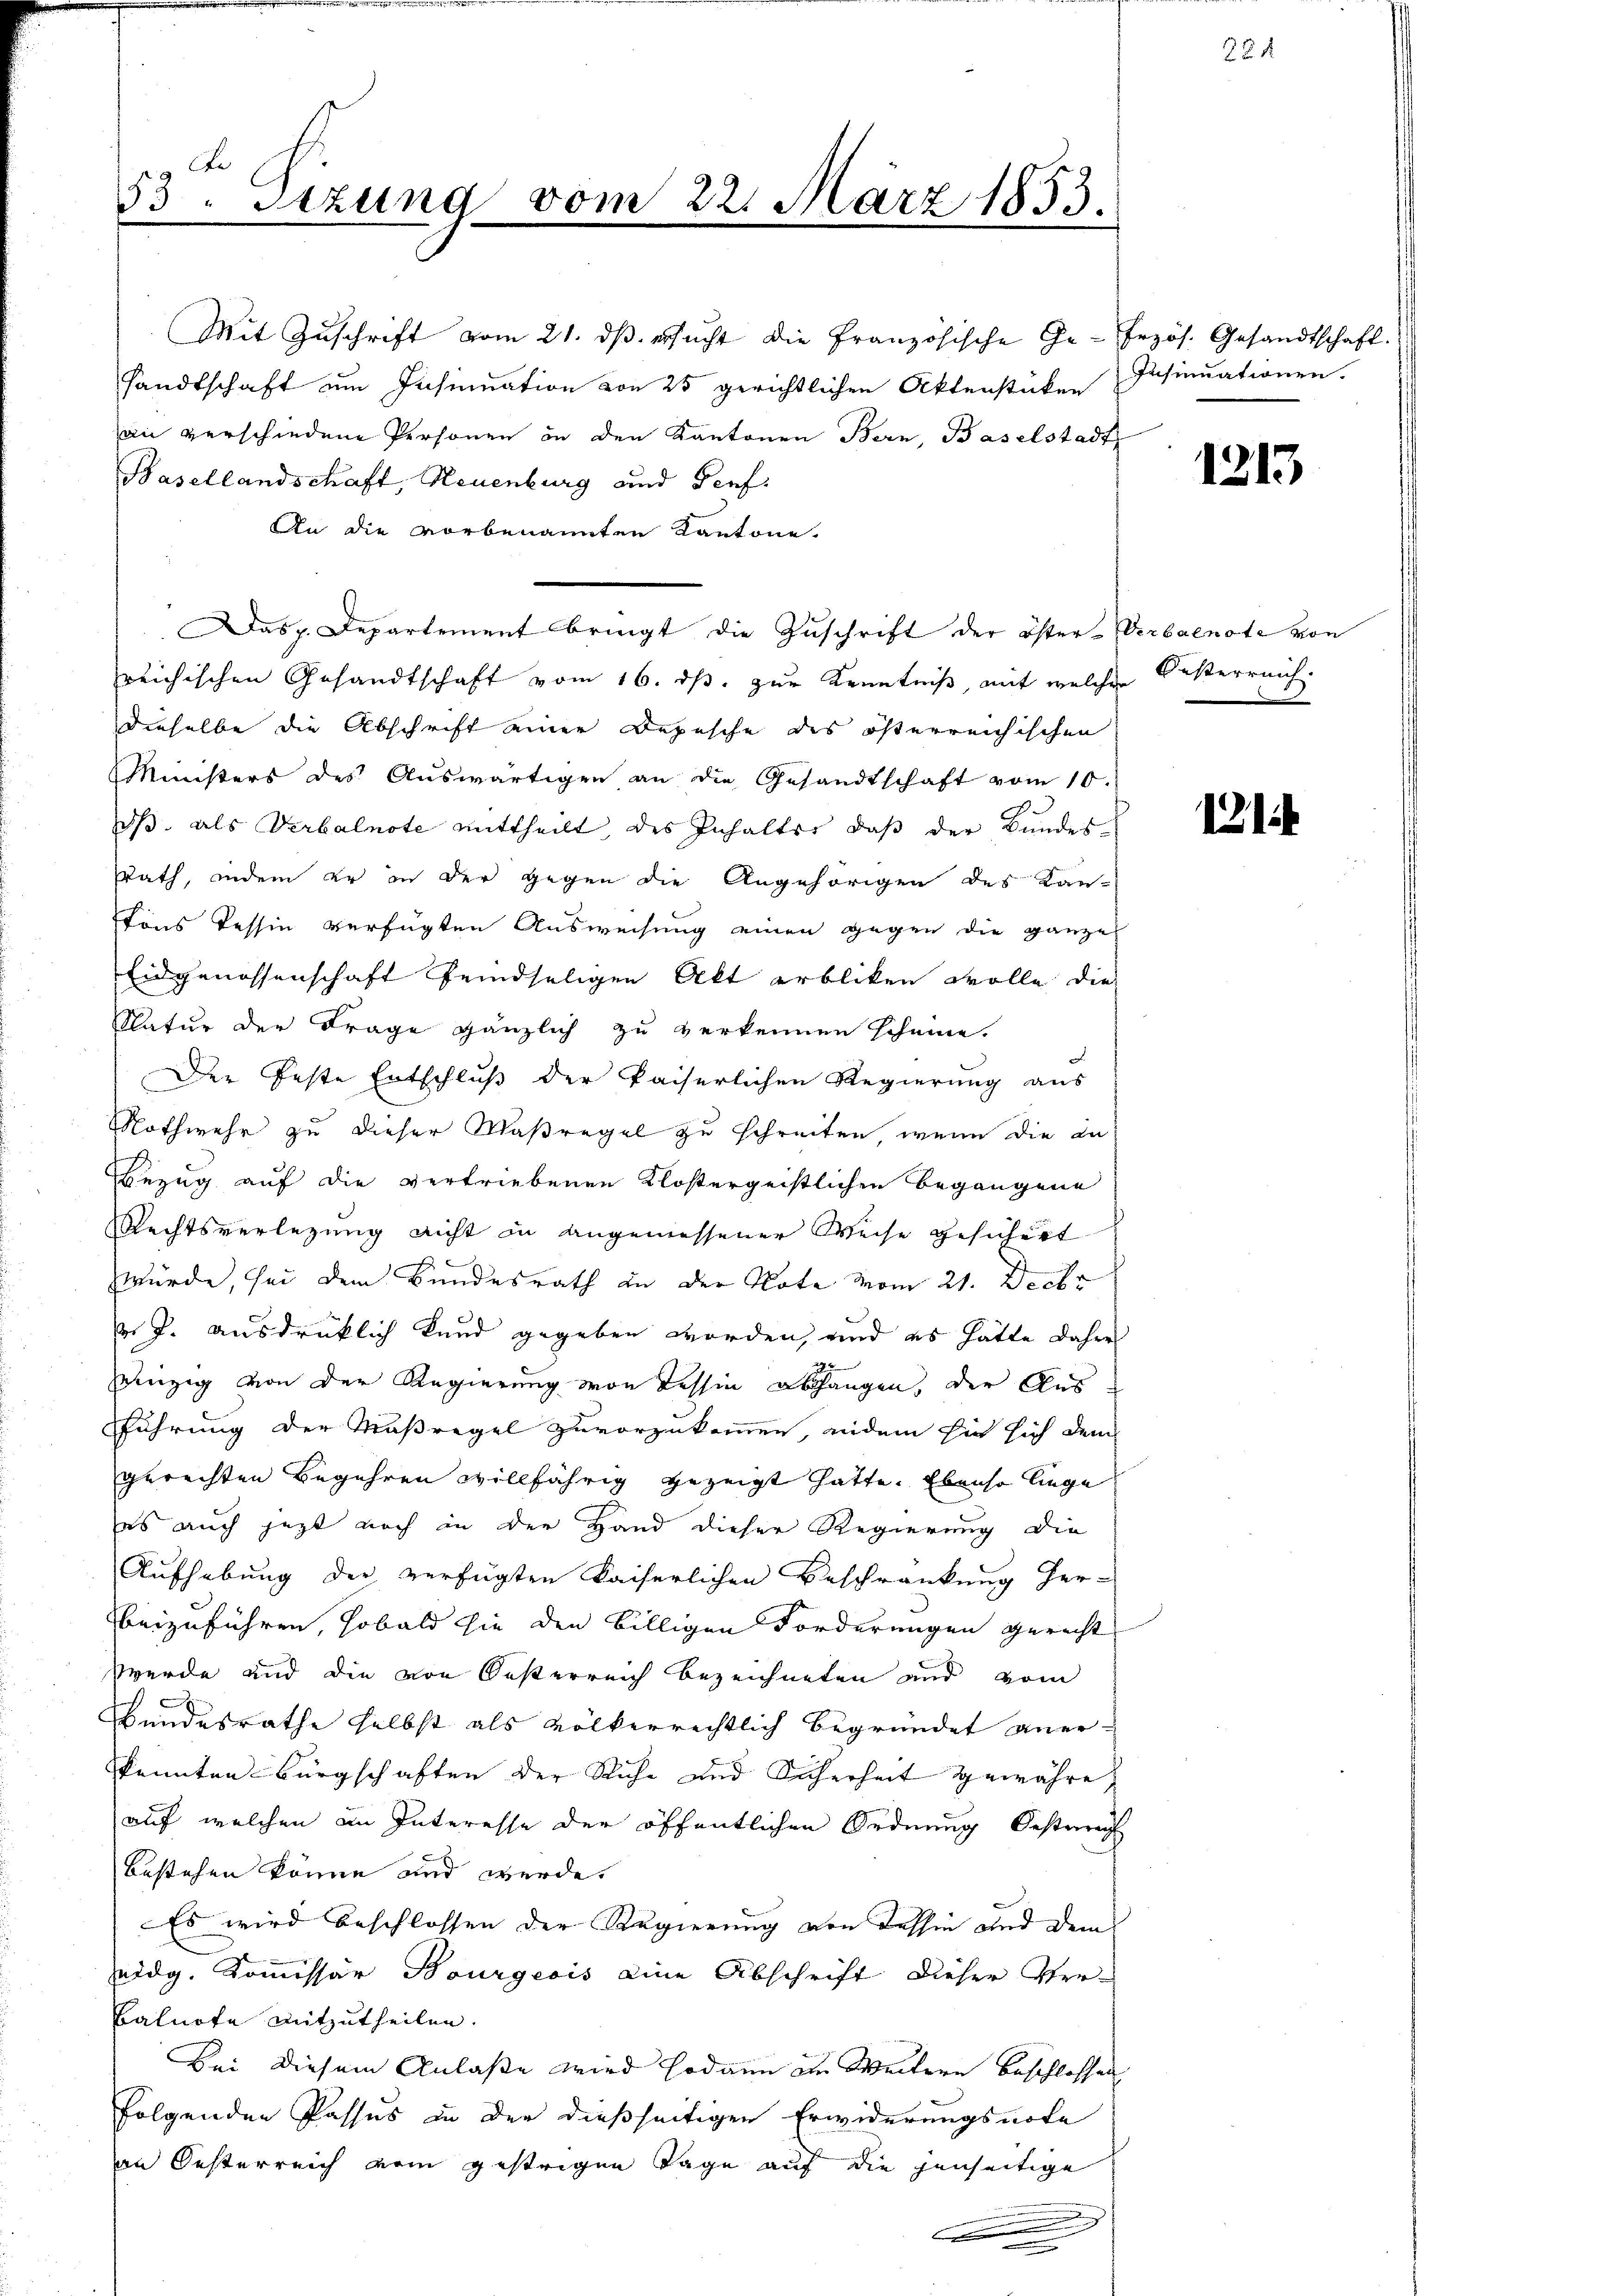
Mit Zuschrift vom 21. dβ ersucht die Französische Ge- frzös. Gesandtschaft.
sandtschaft im Insinuation von 25 gerichtlichen Aktenstücken
an verschiedene Personen in den Kantonen Bern, Baselstadt
Basellandschaft, Neuenburg und Seef
An die vorbenannten Kantone.
reichischen Gesandtschaft vom 16. ds. zur Kenntniß, mit welchen Oesterreich.
dieselbe die Abschrift einer Depesche des österreichischen
Ministers des Aŭswärtigen an die Gesandtschaft vom 10.
ds. als Verbalnote mittheilt, des Inhaltes, daß der Bundes
Rath, indem er in der gegen die Angehörigen des Kan-
tons Tessin verfügten Ausweisung einen gegen die ganze
Eidgenossenschaft feindseligen Akt erbliken wolle die
Natur der Frage gänzlich zu verkennen scheine.
.
Der feste Entschluß der kaiserlichen Regierung aus
Nothwehr zu dieser Maßregel zu schreiten, wenn die an
Bezug auf die vertriebenen Klostergeistlichen Begangene
Rechtsverlegung nicht in angemessener Weise gesichert
b
würde, sei dem Bundesrath an der Note vom 21. Decbr
 J. ausdrücklich kund gegeben worden, und es hätte daher
290.
inzig von der Regierung von Tessin abhangen, der Ausführung der Maßregel zuvorzukommen, indem Ein sich dem
gerechten Begehren willfährig gezeigt hatte. Ebenso liege
es auch jezt noch in der Hand dieser Regierung die
Aufhebung der verfügten Kaiserlichen Beschränkung her-
beizuführen, sobald sie den billigen Forderungen gerecht
werde und die von Oesterreich bezeichneten und vom
Bandesrathe selbst als völkerrechtlich begründet aner-
kannten Bürgschaften der Riche und Sicherheit gewähre,
auf welchen im Interesse der öffentlichen Ordnung bestrech
bestehen könne und werde.
Es wird beschlossen der Regierung von Tessin und dem
idg. Kommissär Bourgeois eine Abschrift dieser Ver¬
Balnote mitzutheilen.
Bei diesem Anlaße wird sodann im Weitern beschlossen
folgenden Passus in der dießseitigen Erwiderungsnote
an Oesterreich vom gestrigen Tage auf die jenseitige
g
.

53. Sitzung vom 22. März 1833.

as p. Departement bringt die Zuschrift der öster-Verbalnote von

e

Insinuationen.

224

1213

1